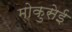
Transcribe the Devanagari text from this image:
मोकुसेई